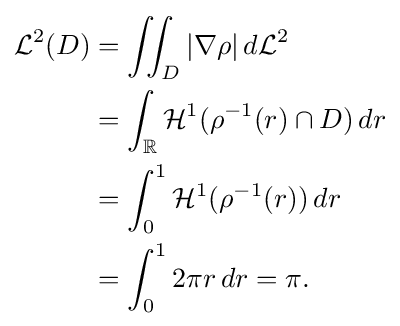
{\begin{aligned}{\mathcal {L}}^{2}(D)&=\iint _{D}|\nabla \rho |\,d{\mathcal {L}}^{2}\\&=\int _{\mathbb {R} }{\mathcal {H}}^{1}(\rho ^{-1}(r)\cap D)\,dr\\&=\int _{0}^{1}{\mathcal {H}}^{1}(\rho ^{-1}(r))\,dr\\&=\int _{0}^{1}2\pi r\,dr=\pi .\end{aligned}}